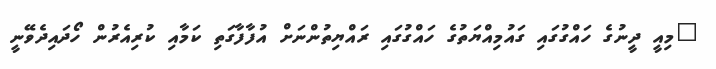
"މިއީ ދީނުގެ ހައްގުގައި ގައުމިއްޔަތުގެ ހައްގުގައި ރައްޔިތުންނަށް އުފާފާގަތި ކަމާއި ކުރިއެރުން ހޯދައިދެވޭނީ